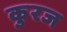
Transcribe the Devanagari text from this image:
कुरज